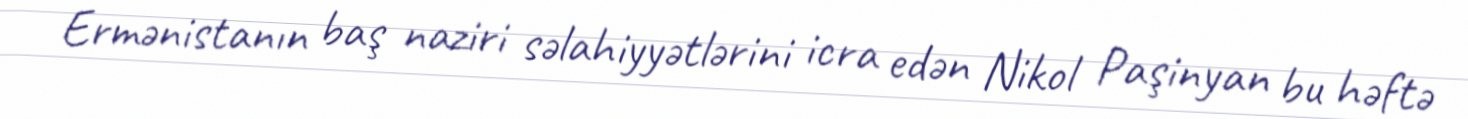
Ermənistanın baş naziri səlahiyyətlərini icra edən Nikol Paşinyan bu həftə